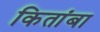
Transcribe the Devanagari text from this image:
कितांबा